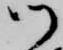
御